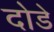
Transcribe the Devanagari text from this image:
दोडे